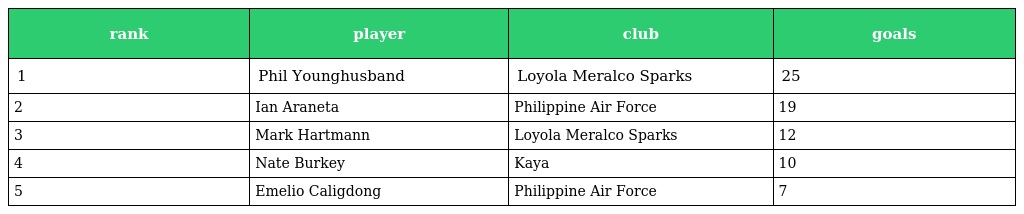
| rank | player | club | goals |
 | --- | --- | --- | --- |
 | 1 | Phil Younghusband | Loyola Meralco Sparks | 25 |
 | 2 | Ian Araneta | Philippine Air Force | 19 |
 | 3 | Mark Hartmann | Loyola Meralco Sparks | 12 |
 | 4 | Nate Burkey | Kaya | 10 |
 | 5 | Emelio Caligdong | Philippine Air Force | 7 |